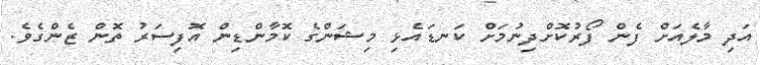
އަދި މާލެއަށް ފެން ފޯރުކޮށްދިނުމަށް ކަނޑައެޅި މިޝަންގެ ކޮމާންޑިން އޮފިސަރު ތޮން ޒެންގެވެ.